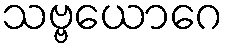
သဗ္ဗယောဂေ